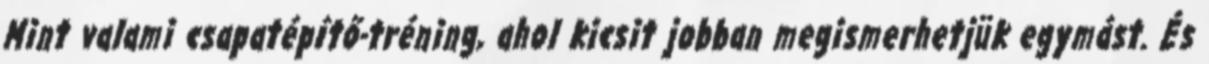
Mint valami csapatépítő-tréning, ahol kicsit jobban megismerhetjük egymást. És